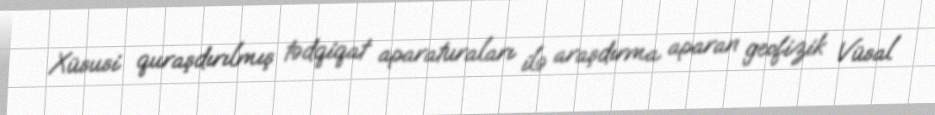
Xüsusi quraşdırılmış tədqiqat aparaturaları ilə araşdırma aparan geofizik Vüsal